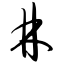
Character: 林